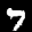
Label: 7